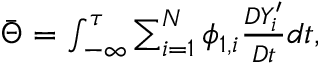
\begin{array} { r } { \bar { \Theta } = { \int _ { - \infty } ^ { \tau } } \sum _ { i = 1 } ^ { N } \phi _ { 1 , i } \frac { D Y _ { i } ^ { \prime } } { D t } d t , } \end{array}